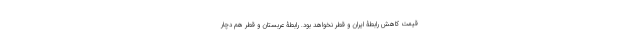
قیمت کاهش رابطۀ ایران و قطر نخواهد بود. رابطۀ عربستان و قطر هم دچار